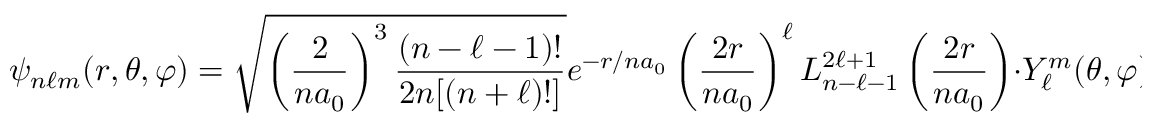
\psi _ { n \ell m } ( r , \theta , \varphi ) = { \sqrt { \left( { \frac { 2 } { n a _ { 0 } } } \right) ^ { 3 } { \frac { ( n - \ell - 1 ) ! } { 2 n [ ( n + \ell ) ! ] } } } } e ^ { - r / n a _ { 0 } } \left( { \frac { 2 r } { n a _ { 0 } } } \right) ^ { \ell } L _ { n - \ell - 1 } ^ { 2 \ell + 1 } \left( { \frac { 2 r } { n a _ { 0 } } } \right) \cdot Y _ { \ell } ^ { m } ( \theta , \varphi )